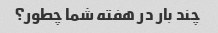
چند بار در هفته شما چطور؟